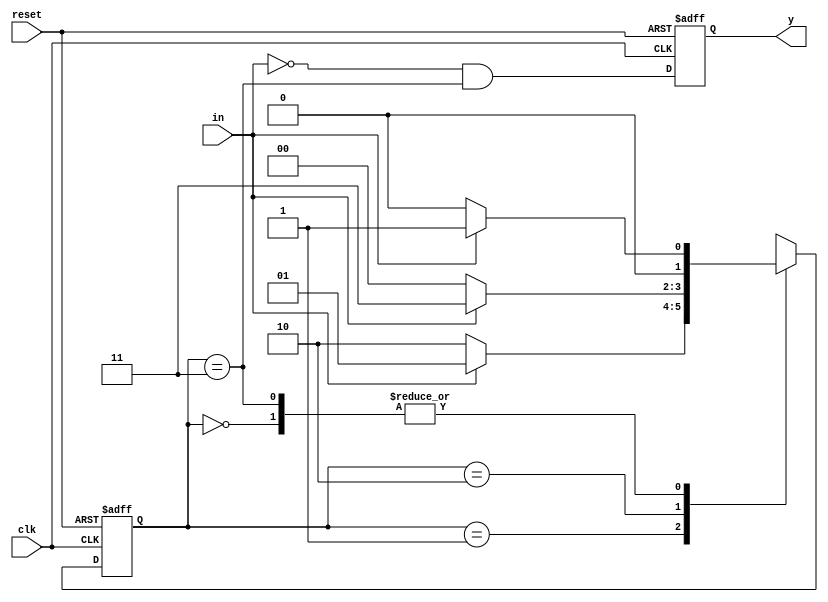
`timescale 1ns / 1ps

module mealy_1010(output reg y, input clk, reset, in);
  reg [1:0]next_state = 0;
  reg [1:0]state = 0;
  
  parameter s0 = 2'b00, s1 = 2'b01, s2 = 2'b10, s3 = 2'b11;
  
  //present state block
  always @(posedge clk or posedge reset)
    begin
      if(reset)
      	state <= s0;
      else
        state <= next_state;
    end
  
  //next state and output block
  always @(*)
    begin 
      case(state)
        s0: next_state <= in ? s1 : s0;
        s1: next_state <= in ? s1 : s2;
        s2: next_state <= in ? s3 : s0;
        s3: next_state <= in ? s1 : s0;
        default: next_state <= s0;
      endcase
    end
  
  //output block
  always @(posedge clk or posedge reset)
    begin
      if(reset)
      	y <= 1'b0;
      else
        y <= ~in && (state == s3);
    end  
endmodule